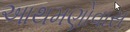
આથમણોવાસ